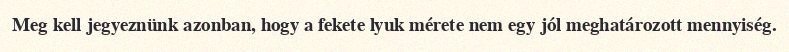
Meg kell jegyeznünk azonban, hogy a fekete lyuk mérete nem egy jól meghatározott mennyiség.